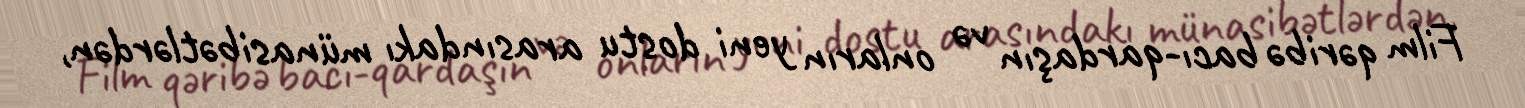
Film qəribə bacı-qardaşın və onların yeni dostu arasındakı münasibətlərdən,